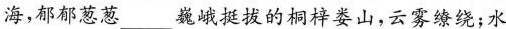
海，郁郁葱葱___巍峨挺拔的桐梓娄山，云雾缭绕；水